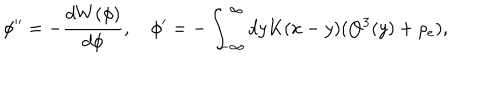
\phi ^ { \prime \prime } = - { \frac { d W ( \phi ) } { d \phi } } , \quad \phi ^ { \prime } = - \int _ { - \infty } ^ { \infty } d y K ( x - y ) ( Q ^ { 3 } ( y ) + \rho _ { e } ) ,